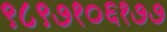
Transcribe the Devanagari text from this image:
९८९७१०६१७७